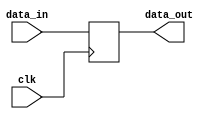
`timescale 1ns / 1ps
//////////////////////////////////////////////////////////////////////////////////
// Company: 
// Engineer: 
// 
// Design Name: 
// Module Name:    data_reg 
// Project Name: 
// Target Devices: 
// Tool versions: 
// Description: 
//
// Dependencies: 
//
// Revision: 
// Revision 0.01 - File Created
// Additional Comments: 
//
//////////////////////////////////////////////////////////////////////////////////
module data_reg(
	input [31:0]data_in,
	input clk,
	output reg [31:0]data_out
);

always @ (posedge clk)
begin
	data_out = data_in;
end


endmodule